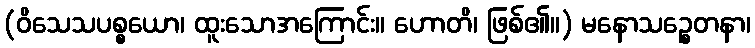
(ဝိသေသပစ္စယော၊ ထူးသောအကြောင်း။ ဟောတိ၊ ဖြစ်၏။) မနောသဉ္စေတနာ၊